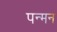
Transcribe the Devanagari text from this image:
पन्मन